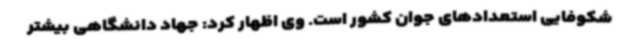
شکوفایی استعدادهای جوان کشور است. وی اظهار کرد: جهاد دانشگاهی بیشتر